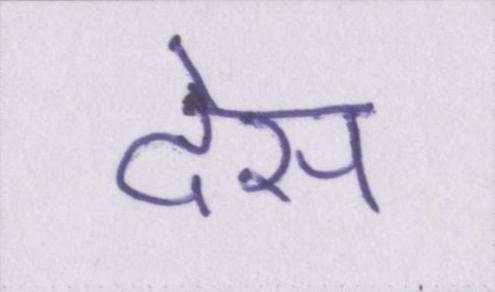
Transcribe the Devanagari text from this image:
देस